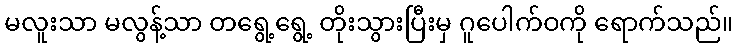
မလူးသာ မလွန့်သာ တရွေ့ရွေ့ တိုးသွားပြီးမှ ဂူပေါက်ဝကို ရောက်သည်။